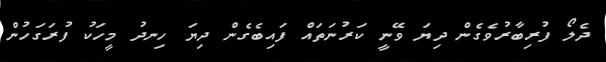
ދެލޯ ފުރިބާރުވެގެން ދިޔަ ވޭނީ ކަރުނަތައް ފައިބެގެން ދިޔަ ހިނދު މީހަކު ފުރަގަހުން